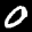
Label: 0